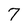
Character: 7